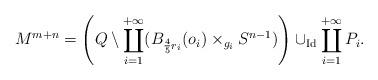
LaTeX: \begin{align*}M^{m+n}&=\left(Q\setminus\coprod\limits_{i=1}^{+\infty}(B_{\frac45r_i}(o_i)\times_{g_i}S^{n-1})\right)\cup_{\textrm{Id}}\coprod\limits_{i=1}^{+\infty}P_i.\end{align*}